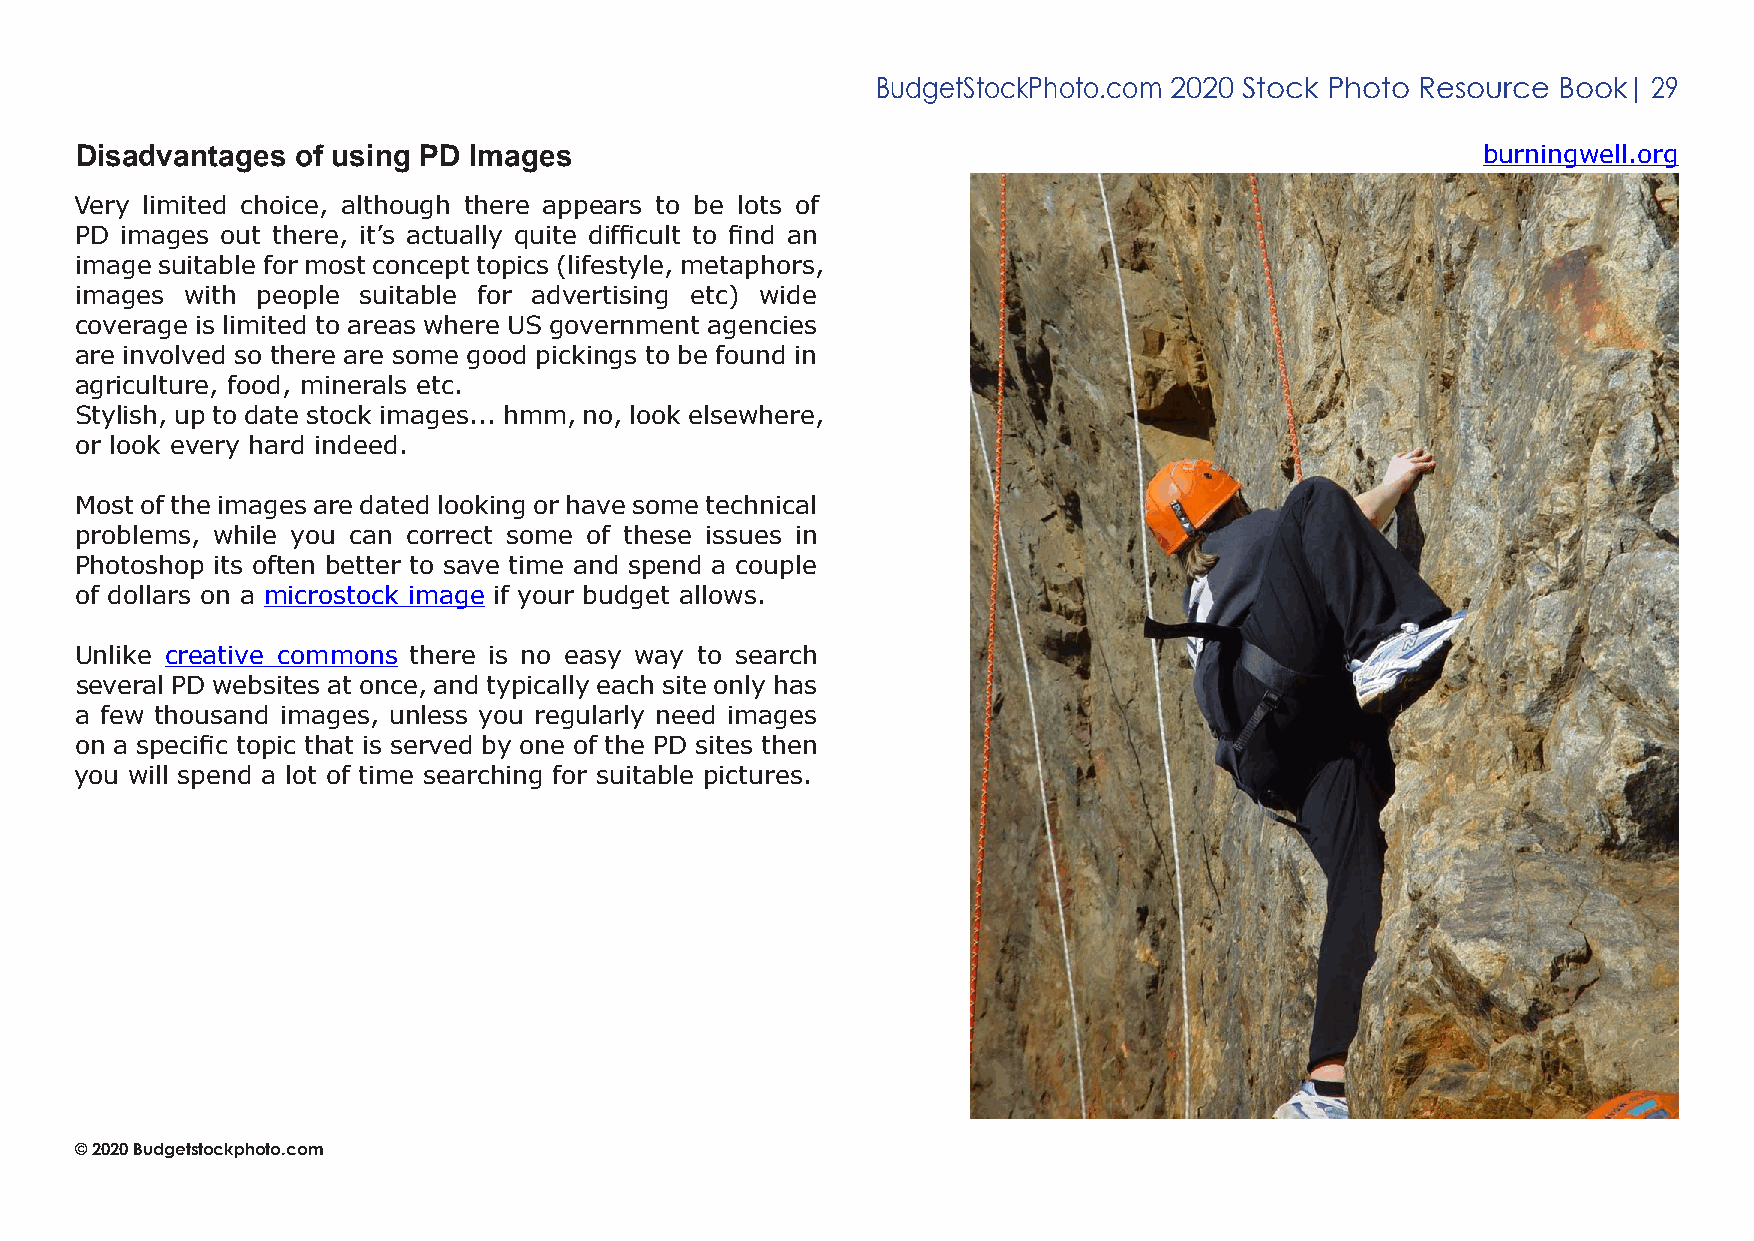
BudgetStockPhoto.com 2020 Stock Photo Resource Book| 29
 Disadvantages  of using PD Images
 burningwell.org
 Very limited choice, although there appears to be lots of
 PD images out there, it’s actually quite difficult to find an
 image suitable for most concept topics (lifestyle, metaphors,
 images with people suitable for advertising etc) wide
 coverage is limited to areas where US government agencies
 are involved so there are some good pickings to be found in
 agriculture, food, minerals etc.
 Stylish, up to date stock images... hmm, no, look elsewhere,
 or look every hard indeed.
 Most of the images are dated looking or have some technical
 problems, while you can correct some of these issues in
 Photoshop its often better to save time and spend a couple
 of dollars on a microstock image if your budget allows.
 Unlike creative commons there is no easy way to search
 several PD websites at once, and typically each site only has
 a few thousand images, unless you regularly need images
 on a specific topic that is served by one of the PD sites then
 you will spend a lot of time searching for suitable pictures.
 © 2020 Budgetstockphoto.com